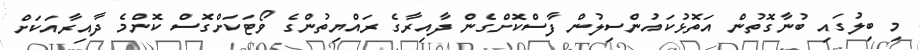
މި ބިލުގައި ބުނާގޮތުން އަތޮޅުކައުންސިލުން ފާސްކޮށްގެން ދާއިރާގެ ރައްޔިތުންގެ ވޯޓަކަށްގޮސް ކޮންމެ ދާއިރާއަކަށް